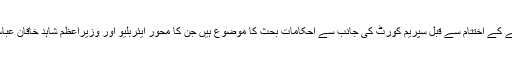
اور ہفتے کے اختتام سے قبل سپریم کورٹ کی جانب سے احکامات بحث کا موضوع ہیں جن کا محور ایئربلیو اور وزیراعظم شاہد خاقان عباسی ہیں۔